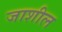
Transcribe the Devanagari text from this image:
जाशील